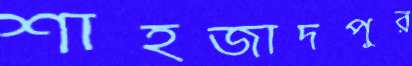
শাহজাদপুর